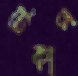
টেকাপ